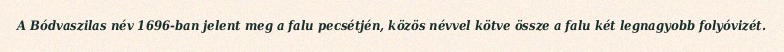
A Bódvaszilas név 1696-ban jelent meg a falu pecsétjén, közös névvel kötve össze a falu két legnagyobb folyóvizét.